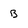
Character: b